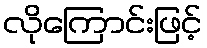
လိုကြောင်းဖြင့်